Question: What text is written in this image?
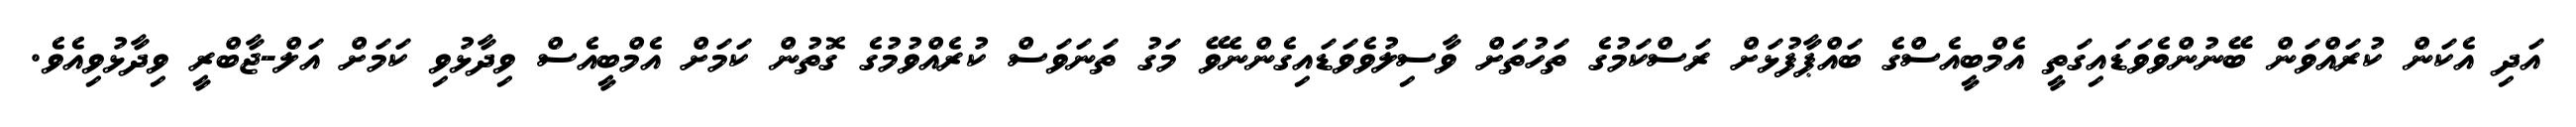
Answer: އަދި އެކަން ކުރައްވަން ބޭނުންވެވަޑައިގަތީ އެމްބީއެސްގެ ބައްޕާފުޅަށް ރަސްކަމުގެ ތަހުތަށް ވާސިލުވެވަޑައިގެންނެވޭ މަގު ތަނަވަސް ކުރެއްވުމުގެ ގޮތުން ކަމަށް އެމްބީއެސް ވިދާޅުވި ކަމަށް އަލް-ޖާބްރީ ވިދާޅުވިއެވެ.